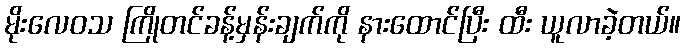
မိုးလေဝသ ကြိုတင်ခန့်မှန်းချက်ကို နားထောင်ပြီး ထီး ယူလာခဲ့တယ်။